NAE_Eesti_seltside_protokollid_1900-1917, lk 10
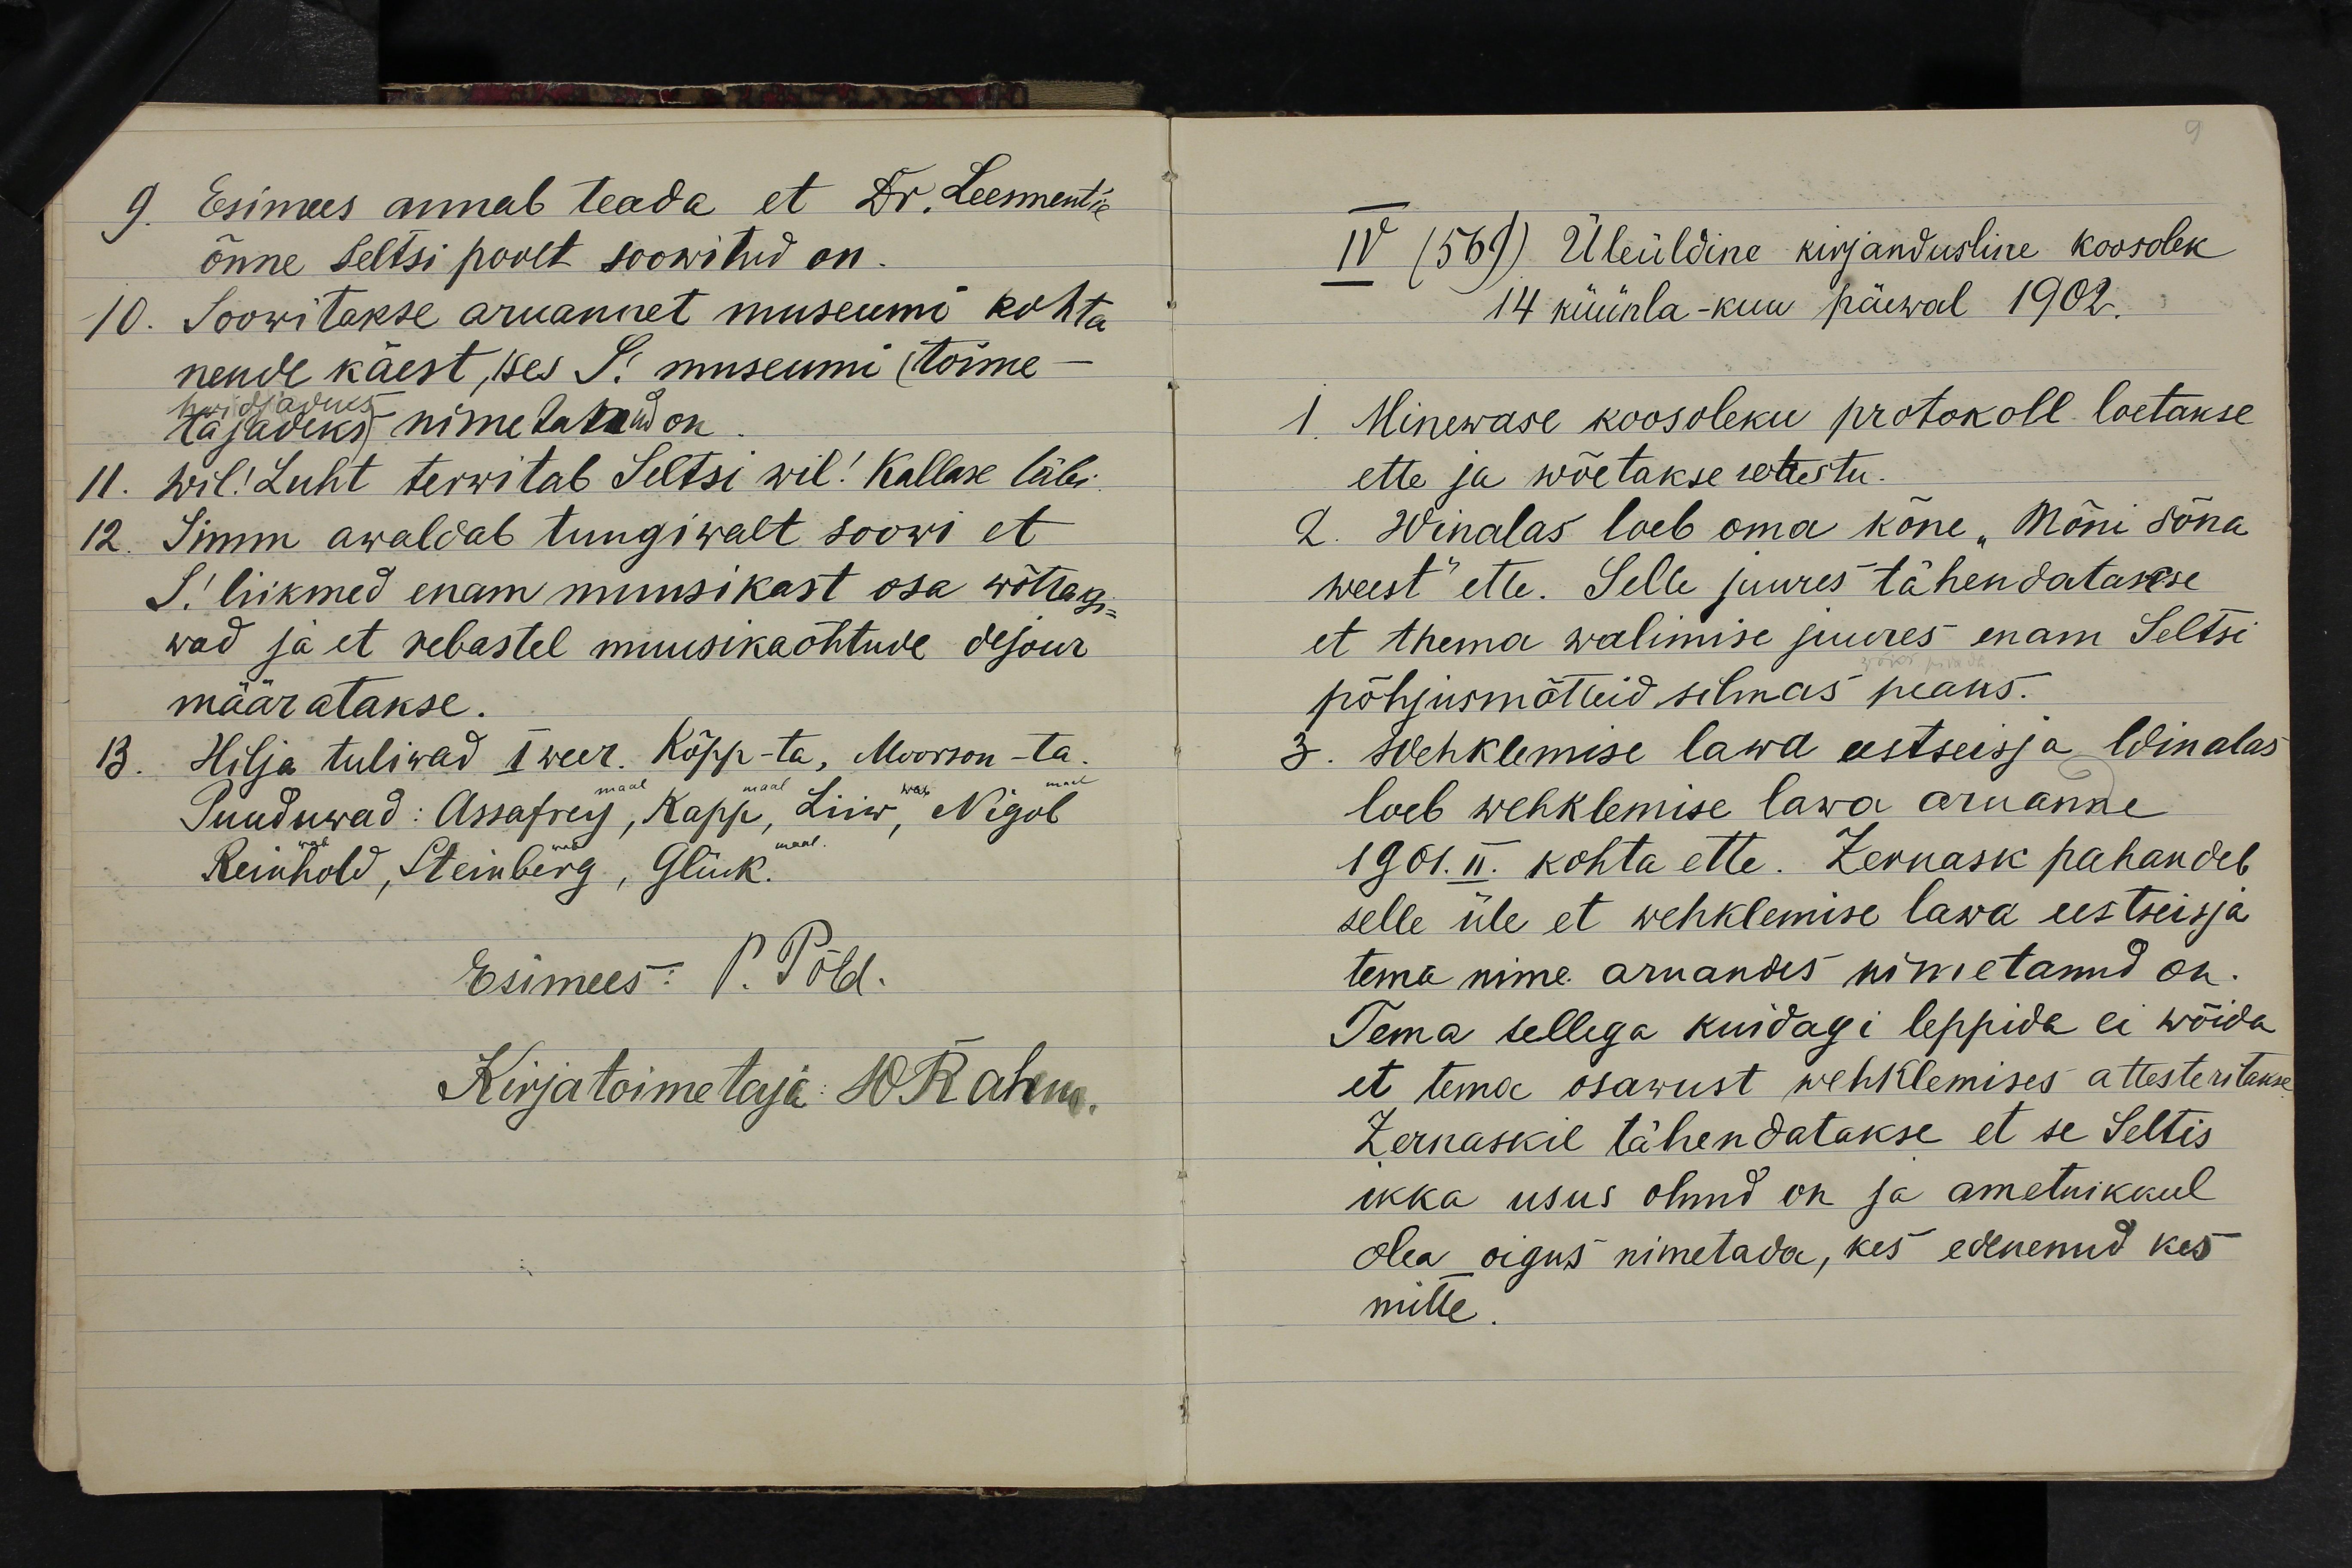
Esimees annab teada et Dr Leementile
õnne seltsi poolt soowitud on.
10. Soowitakse aruannet museumi kohta
nende käest, kes S! museumi (toime-
tajadiks nimetatud on
11. wil! Luht terwitab Seltsi wil! Kallase läbi.
Simm awaldab tungiwalt soowi et
S! liikmed enam muusikast osa wõttaksi-
wad ja et rebastel muusikaõhtude dejour
määratakse.
Hilja tuliwad I weer. Kõpp -ta, Moorson -ta.
B.
Puuduwad: Assafrey, Kapp, Liiw, Nigol
Reinhold, Steinberg, Glück.

IV (569) Üleüldine kirjandusline koosolek
14 kuunla-kuu päewal 1902.
1. Minewase koosoleku protokoll loetakse
ette ja wõetakse wastu.
2. Winalas loeb oma kone "Mõni sõna
weest" ette. Selle juures tähendatakse
et thema walimise juures enam Seltsi
põhjusmõttid silmas peaks.
3. Wehklemise lawa eestseisja Winalas
loeb wehklemise lawa aruande
1901. II. kohta ette. Zernask pahandab
selle üle et wehklemise lawa eestseisja
tema nime aruandes nimetanud on.
Tema sellega kuidagi leppida ei wõida
et tema osawust wehklemises attesteritakse
Zernaskil tähendatakse et se Seltis
ikka usus olnud on ja ametnikkul
Hea pigus nimetada, kes edenenud kes
mitte.